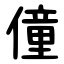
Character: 僮